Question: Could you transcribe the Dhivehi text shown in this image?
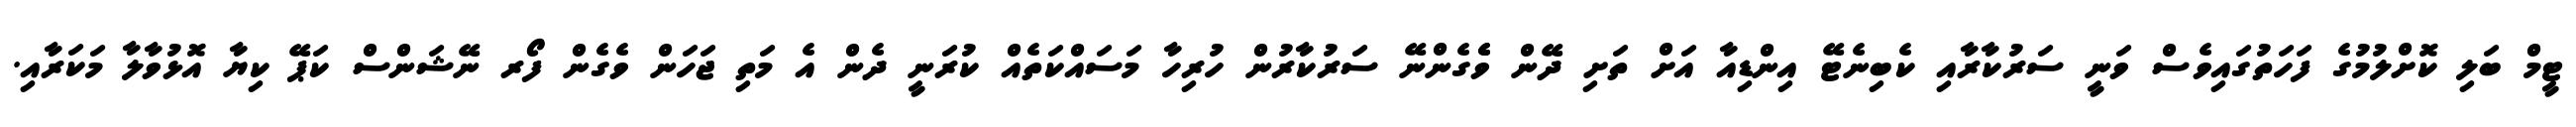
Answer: ޓީމް ބަލި ކޮށްލުމުގެ ފަހަތުގައިވެސް ވަނީ ސަރުކާރާއި ކެބިނެޓޭ އިންޑިއާ އަށް ތަށި ދޭން ވެެގެންނޭ ސަރުކާރުން ހުރިހާ މަސައްކަތެއް ކުރަނީ ދެން އެ މަތި ޖަހަން ވެގެން ފޯރ ނޭޝަންސް ކަޕޭ ކިޔާ އޮޅުވާލާ މަކަރާއި.